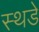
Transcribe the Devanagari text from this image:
स्थडे